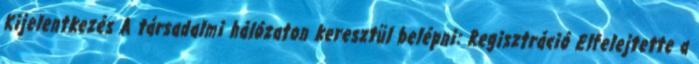
Kijelentkezés A társadalmi hálózaton keresztül belépni: Regisztráció Elfelejtette a